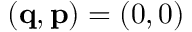
( \mathbf { q } , \mathbf { p } ) = ( 0 , 0 )